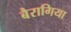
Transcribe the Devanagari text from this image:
बैरागिया